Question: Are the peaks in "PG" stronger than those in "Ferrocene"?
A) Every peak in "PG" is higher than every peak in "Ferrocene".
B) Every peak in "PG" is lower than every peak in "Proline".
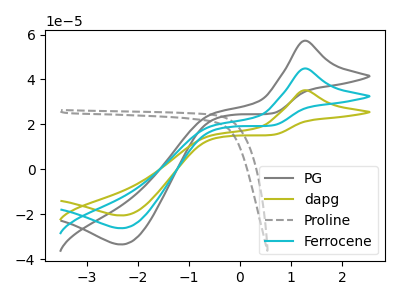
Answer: <think>The gray curve "PG" has an anodic peak at (1.25V, 57.25uA) and a cathodic peak at (-2.30V, -33.50uA). The olive curve "dapg" has an anodic peak at (1.25V, 89.75uA) and a cathodic peak at (-2.30V, -52.55uA). The gray dashed curve "Proline" has no peaks. The cyan curve "Ferrocene" has an anodic peak at (1.25V, 44.90uA) and a cathodic peak at (-2.30V, -26.25uA).</think>
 <answer>A) Every peak in "PG" is higher than every peak in "Ferrocene".</answer>
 <eval>A</eval>